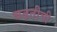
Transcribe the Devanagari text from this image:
बढतीची